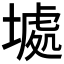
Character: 𱗮